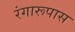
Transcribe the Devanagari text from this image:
रंगारूपास